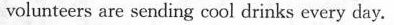
volunteers are sending cool drinks every day.